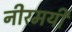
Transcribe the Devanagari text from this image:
नीरमयी